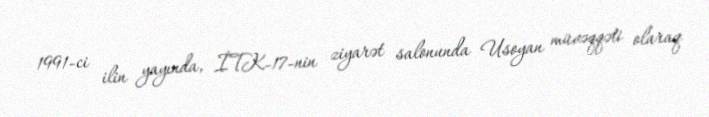
1991-ci ilin yayında, İTK-17-nin ziyarət salonunda Usoyan müvəqqəti olaraq